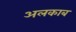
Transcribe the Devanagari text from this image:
अलकाब